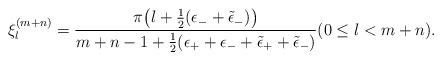
LaTeX: \begin{align*}\xi^{(m+n)}_{{l}}=\frac{\pi \bigl({l}+\frac{1}{2}(\epsilon_- +\tilde{\epsilon}_-) \bigr)}{m+n-1+ \frac{1}{2}(\epsilon_+ +\epsilon_- + \tilde{\epsilon}_+ +\tilde{\epsilon}_-)} (0\le {l}<m+n).\end{align*}